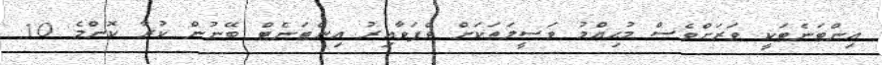
އިންޓަނެޓަކީ ވަރަށްވެސް މުޙިއްމު ވަސީލަތަކަށް ވެފަވާއިރު އިންޓަނެޓް ބޭނުން ކުރާ ކޮންމެ 10